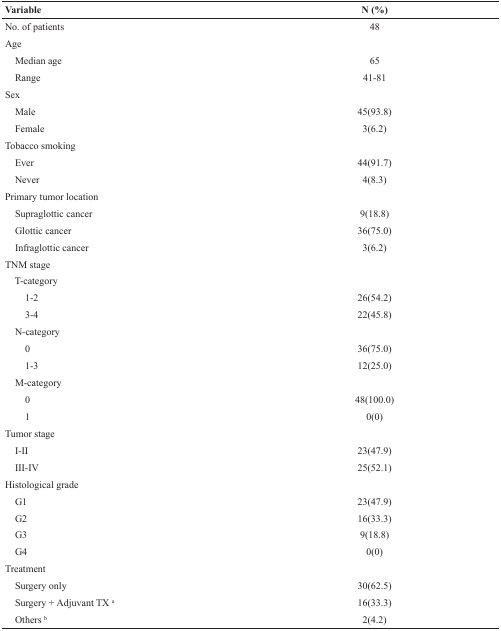
<table><thead><tr><td><b>Variable</b></td><td><b>N (%)</b></td></tr></thead><tbody><tr><td>No. of patients</td><td>48</td></tr><tr><td>Age</td><td></td></tr><tr><td> Median age</td><td>65</td></tr><tr><td> Range</td><td>41-81</td></tr><tr><td>Sex</td><td></td></tr><tr><td> Male</td><td>45(93.8)</td></tr><tr><td> Female</td><td>3(6.2)</td></tr><tr><td>Tobacco smoking</td><td></td></tr><tr><td> Ever</td><td>44(91.7)</td></tr><tr><td> Never</td><td>4(8.3)</td></tr><tr><td>Primary tumor location</td><td></td></tr><tr><td> Supraglottic cancer</td><td>9(18.8)</td></tr><tr><td> Glottic cancer</td><td>36(75.0)</td></tr><tr><td> Infraglottic cancer</td><td>3(6.2)</td></tr><tr><td>TNM stage</td><td></td></tr><tr><td> T-category</td><td></td></tr><tr><td>1-2</td><td>26(54.2)</td></tr><tr><td>3-4</td><td>22(45.8)</td></tr><tr><td> N-category</td><td></td></tr><tr><td>0</td><td>36(75.0)</td></tr><tr><td>1-3</td><td>12(25.0)</td></tr><tr><td> M-category</td><td></td></tr><tr><td>0</td><td>48(100.0)</td></tr><tr><td>1</td><td>0(0)</td></tr><tr><td>Tumor stage</td><td></td></tr><tr><td> I-II</td><td>23(47.9)</td></tr><tr><td> III-IV</td><td>25(52.1)</td></tr><tr><td>Histological grade</td><td></td></tr><tr><td> G1</td><td>23(47.9)</td></tr><tr><td> G2</td><td>16(33.3)</td></tr><tr><td> G3</td><td>9(18.8)</td></tr><tr><td> G4</td><td>0(0)</td></tr><tr><td>Treatment</td><td></td></tr><tr><td> Surgery only</td><td>30(62.5)</td></tr><tr><td> Surgery + Adjuvant TX<sup>a</sup></td><td>16(33.3)</td></tr><tr><td> Others<sup>b</sup></td><td>2(4.2)</td></tr></tbody></table>